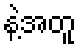
နဲ့အတူ